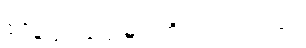
စပိန်ပြည်ပြေးများကို ဖမ်းကြသည်။